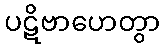
ပဋိဗာဟေတွာ